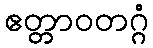
ဧတ္တာဝတဂ္ဂံ